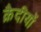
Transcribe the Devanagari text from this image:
क़ैदीयों